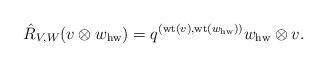
LaTeX: \begin{align*}\hat{R}_{V,W} (v \otimes w_{\mathrm{hw}}) = q^{(\mathrm{wt}(v), \mathrm{wt} (w_{\mathrm{hw}}))} w_{\mathrm{hw}} \otimes v.\end{align*}